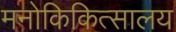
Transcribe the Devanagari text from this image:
मनोकिकित्सालय